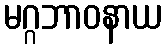
မဂ္ဂဘာဝနာယ